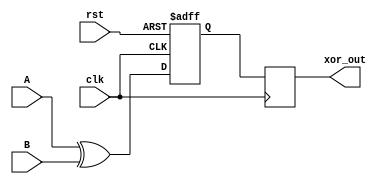
module timing_control_xor_gate (
    input wire A,
    input wire B,
    input wire clk,
    input wire rst,
    output reg xor_out
);

reg internal_sig;

always @(posedge clk or posedge rst) begin
    if (rst) begin
        internal_sig <= 1'b0;
    end else begin
        internal_sig <= A ^ B;
    end
end

always @(posedge clk) begin
    xor_out <= internal_sig;
end

endmodule